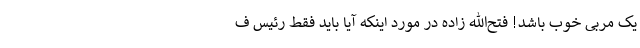
یک مربی خوب باشد! فتح‌الله زاده در مورد اینکه آیا باید فقط رئیس ف